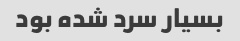
بسیار سرد شده بود